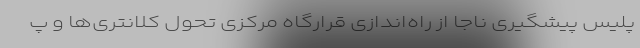
پلیس پیشگیری ناجا از راه‌اندازی قرارگاه مرکزی تحول کلانتری‌ها و پ